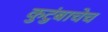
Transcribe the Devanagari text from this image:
कुटुंबाचेच